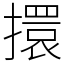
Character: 擐